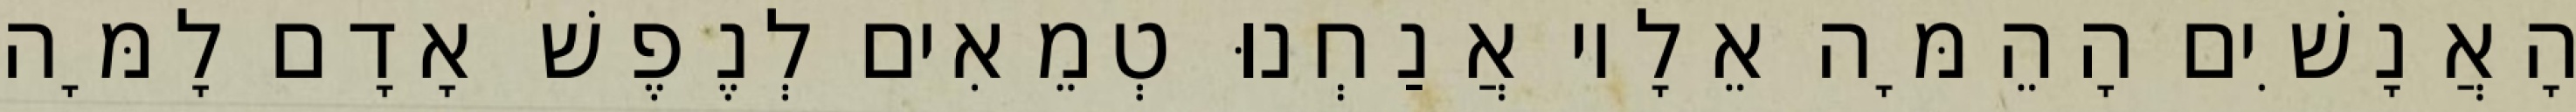
הָאֲנָשִׁים הָהֵמָּה אֵלָיו אֲנַחְנוּ טְמֵאִים לְנֶפֶשׁ אָדָם לָמָּה